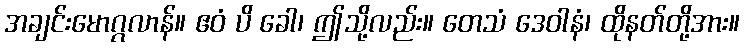
အချင်းမောဂ္ဂလာန်။ ဧဝံ ပိ ခေါ၊ ဤသို့လည်း။ တေသံ ဒေဝါနံ၊ ထိုနတ်တို့အား။